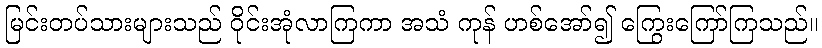
မြင်းတပ်သားများသည် ဝိုင်းအုံလာကြကာ အသံ ကုန် ဟစ်အော်၍ ကြွေးကြော်ကြသည်။